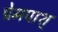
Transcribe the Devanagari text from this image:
प्रेमपाश्